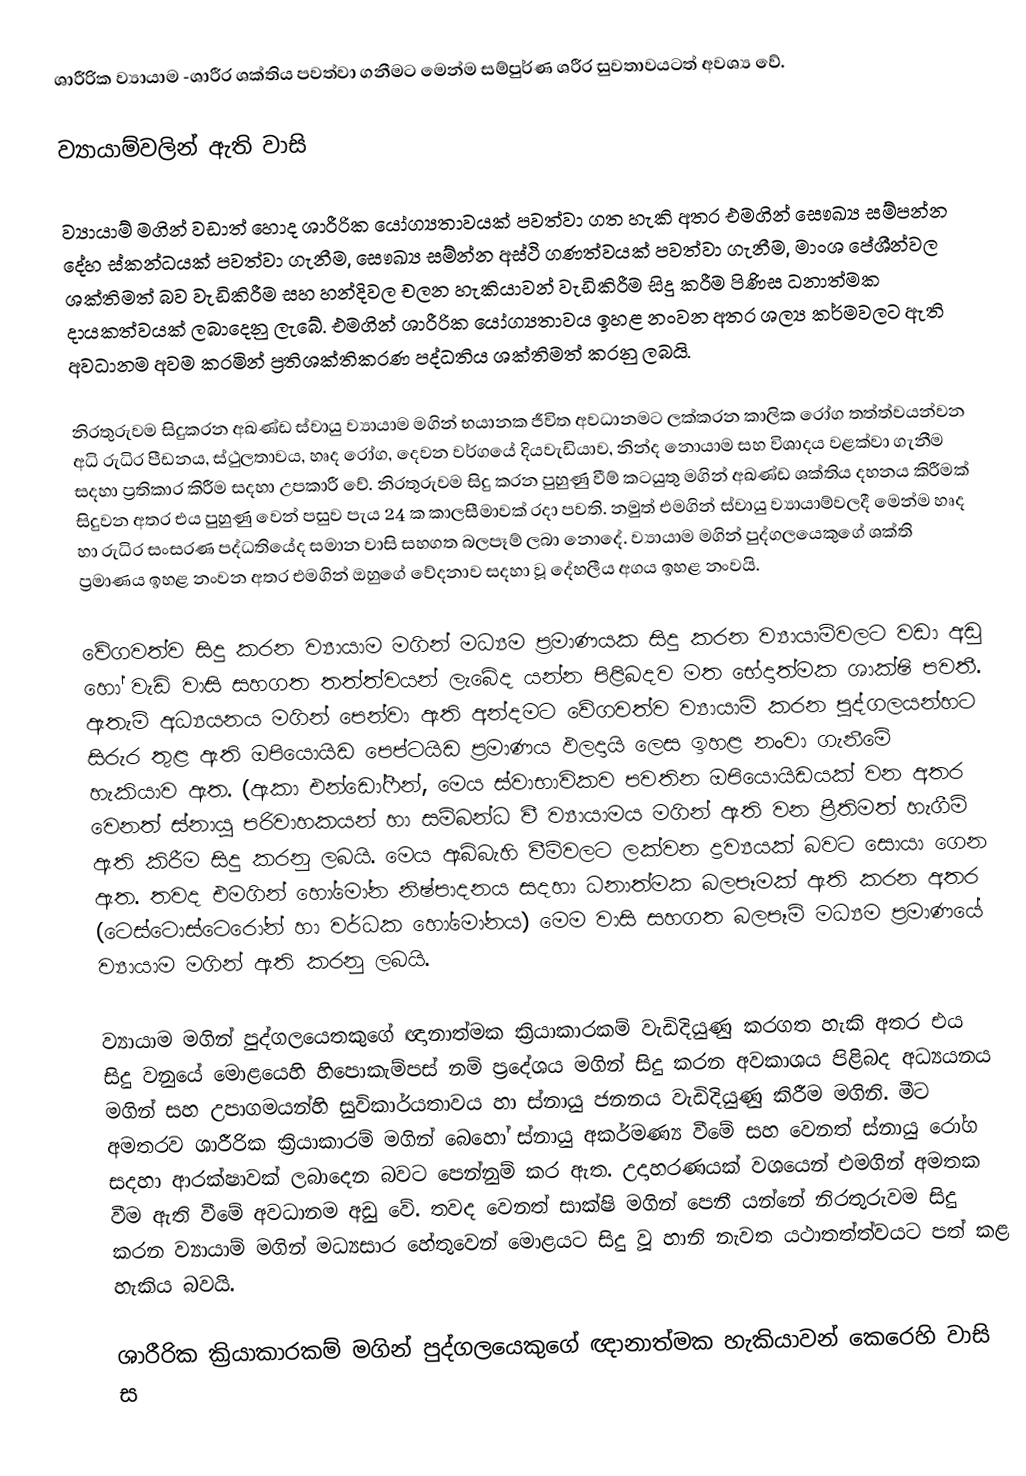
ශාරීරික ව්‍යායාම -ශාරීර ශක්තිය පවත්වා ගනීමට මෙන්ම සම්පුර්ණ ශරීර සුවතාවයටත් අවශ්‍ය වේ.

ව්‍යායාම්වලින් ඇති වාසි

ව්‍යායාම් මගින් වඩාත් හොද ශාරීරික යෝග්‍යතාවයක් පවත්වා ගත හැකි අතර එමගින් සෞඛ්‍ය සම්පන්න දේහ ස්කන්ධයක් පවත්වා ගැනීම, සෞඛ්‍ය සම්න්න අස්ථි ගණත්වයක් පවත්වා ගැනීම, මාංශ පේශීන්වල ශක්තිමත් බව වැඩිකිරීම සහ හන්දිවල චලන හැකියාවන් වැඩිකිරීම සිදු කරීම පිණිස ධනාත්මක දායකත්වයක් ලබාදෙනු ලැබේ. එමගින් ශාරීරික යෝග්‍යතාවය ඉහළ නංවන අතර ශල්‍ය කර්මවලට ඇති අවධානම අවම කරමින් ප්‍රතිශක්තිකරණ පද්ධතිය ශක්තිමත් කරනු ලබයි.

නිරතුරුවම සිදුකරන අඛණ්ඩ ස්වායු ව්‍යායාම මගින් භයානක ජීවිත අවධානමට ලක්කරන කාලික රෝග තත්ත්වයන්වන අධි රුධිර පීඩනය, ස්ථුලතාවය, හෘද රෝග, දෙවන වර්ගයේ දියවැඩියාව, නින්ද නොයාම සහ විශාදය වළක්වා ගැනීම සදහා ප්‍රතිකාර කිරීම සදහා උපකාරී වේ. නිරතුරුවම සිදු කරන පුහුණු වීම් කටයුතු මගින් අඛණ්ඩ  ශක්තිය දහනය කිරීමක් සිදුවන අතර එය පුහුණු වෙන් පසුව පැය 24 ක කාලසීමාවක් රදා පවති. නමුත් එමගින් ස්වායු ව්‍යායාම්වලදී මෙන්ම හෘද හා රුධිර සංසරණ පද්ධතියේද සමාන වාසි සහගත බලපෑම් ලබා නොදේ. ව්‍යායාම මගින් පුද්ගලයෙකුගේ ශක්ති ප්‍රමාණය ඉහළ නංවන අතර එමගින් ඔහුගේ වේදනාව සදහා වූ දේහලීය අගය ඉහළ නංවයි.

වේගවත්ව සිදු කරන ව්‍යායාම මගින් මධ්‍යම ප්‍රමාණයක සිදු කරන ව්‍යායාම්වලට වඩා අඩු හෝ වැඩි වාසි සහගත තත්ත්වයන් ලැබේද යන්න පිළිබදව මත භේදාත්මක ශාක්ෂි පවතී. ඇතැම් අධ්‍යයනය මගින් පෙන්වා ඇති අන්දමට වේගවත්ව ව්‍යායාම් කරන පුද්ගලයන්හට සිරුර තුළ ඇති ඔපියොයිඩ පෙප්ටයිඩ ප්‍රමාණය ඵලදායි ලෙස ඉහළ නංවා ගැනීමේ හැකියාව ඇත. (ඇකා එන්ඩෝෆීන්, මෙය ස්වාභාවිකව පවතින ඔපියොයිඩයක් වන අතර වෙනත් ස්නායු පරිවාහකයන් හා සම්බන්ධ වී ව්‍යායාමය මගින් ඇති වන ප්‍රීතිමත් හැගීම් ඇති කිරීම සිදු කරනු ලබයි. මෙය ඇබ්බැහි වීම්වලට ලක්වන ද්‍රව්‍යයක් බවට සොයා ගෙන ඇත. තවද එමගින් හෝමෝන නිෂ්පාදනය සදහා ධනාත්මක බලපෑමක් ඇති කරන අතර (ටෙස්ටොස්ටෙරෝන් හා වර්ධක හෝමෝනය) මෙම වාසි සහගත බලපෑම් මධ්‍යම ප්‍රමාණයේ ව්‍යායාම මගින් ඇති කරනු ලබයි.

ව්‍යායාම මගින් පුද්ගලයෙතකුගේ ඥානාත්මක ක්‍රියාකාරකම් වැඩිදියුණු කරගත හැකි අතර එය සිදු වනුයේ මොළයෙහි හිපොකැම්පස් නම් ප්‍රදේශය මගින් සිදු කරන අවකාශය පිළිබද අධ්‍යයනය මගින් සහ උපාගමයන්හි සුවිකාර්යතාවය හා ස්නායු ජනනය වැඩිදියුණු කිරීම මගිනි. මීට අමතරව ශාරීරික ක්‍රියාකාරම් මගින් බෙහෝ ස්නායු අකර්මණ්‍ය වීමේ සහ වෙනත් ස්නායු රෝග සදහා ආරක්ෂාවක් ලබාදෙන බවට පෙන්නුම් කර ඇත. උදාහරණයක් වශයෙන් එමගින් අමතක වීම ඇති වීමේ අවධානම අඩු වේ. තවද වෙනත් සාක්ෂි මගින් පෙනී යන්නේ නිරතුරුවම සිදු කරන ව්‍යායාම් මගින් මධ්‍යසාර හේතුවෙන් මොළයට සිදු වූ හානි නැවත යථාතත්ත්වයට පත් කළ හැකිය බවයි.

ශාරීරික ක්‍රියාකාරකම් මගින් පුද්ගලයෙකුගේ ඥානාත්මක හැකියාවන් කෙරෙහි වාසි ස